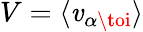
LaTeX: V=\langle{\mathit{v}_{\alpha\toi}}\rangle